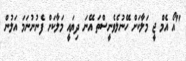
"އޯ އެމް ޖީ މަލާކަށް ހޭނުލެވެނީސްތަ އޭނަ ދިޔައީ މަލާކަށް ފެނުނުނަމަ އަލުން